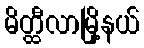
မိတ္ထီလာမြို့နယ်